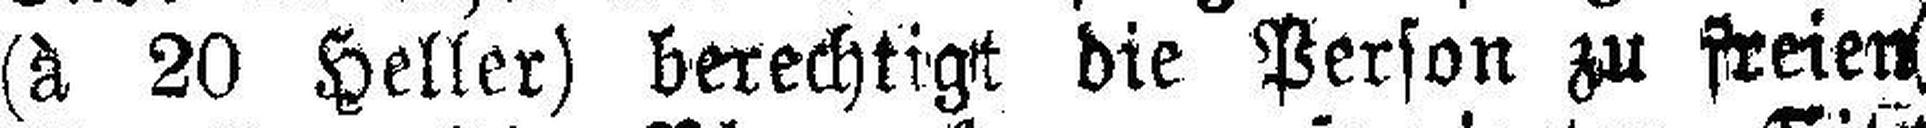
(à 20 Heller) berechtigt die Person zu freien (